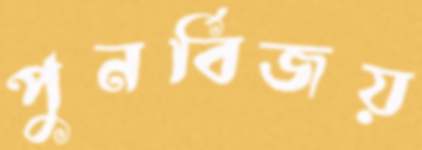
পুনর্বিজয়